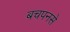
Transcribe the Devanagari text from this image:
बचपनसे